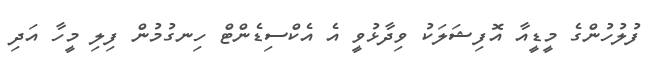
ފުލުހުންގެ މީޑީއާ އޮފިޝަލަކު ވިދާޅުވީ އެ އެކްސިޑެންޓް ހިނގުމުން ފިލި މީހާ އަދި